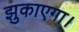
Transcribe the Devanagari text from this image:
झुकाएगा।